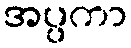
အပ္ပကာ